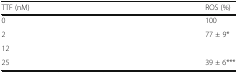
<table><thead><tr><td><b>TTF (nM)</b></td><td><b>ROS (%)</b></td></tr></thead><tbody><tr><td>0</td><td>100</td></tr><tr><td>2</td><td>77 ± 9*</td></tr><tr><td>12</td><td>[EMPTY_CELL]</td></tr><tr><td>25</td><td>39 ± 6***</td></tr></tbody></table>